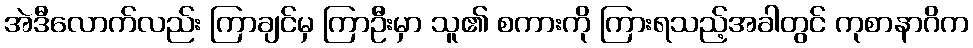
အဲဒီလောက်လည်း ကြာချင်မှ ကြာဦးမှာ သူ၏ စကားကို ကြားရသည့်အခါတွင် ကုစာနာဂိက